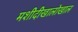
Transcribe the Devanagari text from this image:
मशीदीखालोखाल